system: You are a helpful assistant.
user:
Analyze the provided spectrum to determine if it is a **"Cataclysmic Variables (CV)"**.

- **Key Indicators for CV (Check for either state):**
    - **State 1: Quiescent / Low-State (Emission-Dominated)**
        - **(Primary):** Strong and *very broad* Hydrogen Balmer emission lines (e.g., $H\alpha$ at 6563 Å, $H\beta$ at 4861 Å). The 'broadness' (high velocity dispersion, often FWHM > 1000 km/s) is the key diagnostic, indicating a high-velocity accretion disk.
        - **(Secondary):** Broad neutral Helium (He I) emission lines (e.g., 5876 Å, 6678 Å).
        - **(Key Confirmation):** Presence of high-excitation *ionized* Helium (He II) emission at 4686 Å. This is a strong indicator of accretion onto a white dwarf.
        - **(Line Profile):** Emission lines may exhibit a 'double-peaked' profile, which is a classic signature of a rotating accretion disk viewed at high inclination.

    - **State 2: Outburst / High-State (Absorption-Dominated)**
        - **(Primary):** Spectrum is dominated by a bright, blue continuum (looks like a hot star).
        - **(Secondary):** The emission lines from State 1 are weak, absent, or 'filled in', and are replaced by broad, shallow *absorption* lines (primarily Balmer and He I).
        - **(Morphology):** The overall spectrum mimics a hot B/A-type star. The crucial difference is that the absorption lines are significantly broader, shallower, and more 'washed-out' (or 'smeared') than the sharp lines of a normal stellar photosphere, due to high rotational speeds and pressure broadening in the disk.

Think first, call **spectral_visualization_tool** if needed to examine features in detail, then provide your final answer. Your response must adhere to the following strict rules:
1.  **Overall Structure:** Your response must follow the format `<think>...</think> <tool_call>...</tool_call> (if a tool is used) <answer>...</answer>`.
2.  **Tool Usage Constraint:** You may only make **one** tool call per turn.
3.  **Final Answer Format:** In the `<answer>` tag, your conclusion must be inside a `\boxed{}` command (e.g., `\boxed{YES}`), followed by your justification.

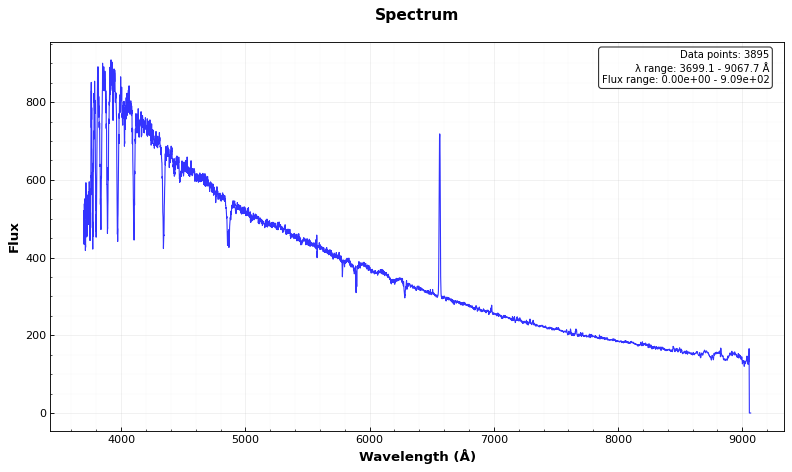
Answer: NO